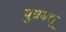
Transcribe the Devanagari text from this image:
पुत्रबधू